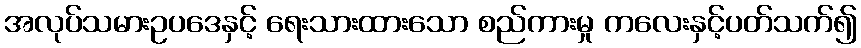
အလုပ်သမားဥပဒေနှင့် ရေးသားထားသော စည်ကားမှု ကလေးနှင့်ပတ်သက်၍